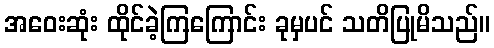
အဝေးဆုံး ထိုင်ခဲ့ကြကြောင်း ခုမှပင် သတိပြုမိသည်။